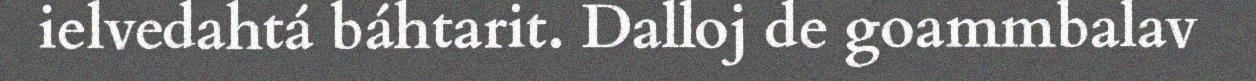
ielvedahtá báhtarit. Dalloj de goammbalav